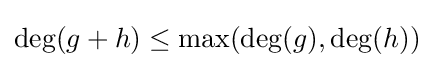
\deg(g+h)\leq \max(\deg(g),\deg(h))